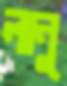
লানু